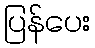
ပြန်ပေး